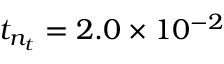
t _ { n _ { t } } = 2 . 0 \times 1 0 ^ { - 2 }